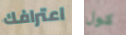
اعترافك كول